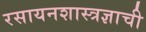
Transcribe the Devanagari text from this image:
रसायनशास्त्रज्ञाची